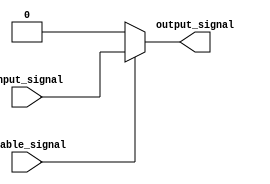
module buffer_enable (
    input wire input_signal,
    input wire enable_signal,
    output reg output_signal
);

always @ (input_signal, enable_signal)
begin
    if (enable_signal == 1'b1)
        output_signal = input_signal;
    else
        output_signal = 1'b0; // Constant value when enable is low
end

endmodule